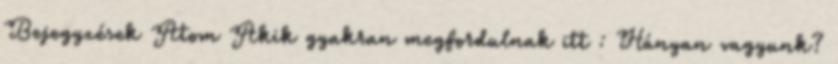
Bejegyzések Atom Akik gyakran megfordulnak itt : Hányan vagyunk?